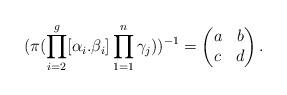
LaTeX: \begin{align*}(\pi(\prod_{i=2}^g[\alpha_i.\beta_i]\prod_{1=1}^n\gamma_j))^{-1}=\begin{pmatrix}a&b\\c&d\end{pmatrix}.\end{align*}